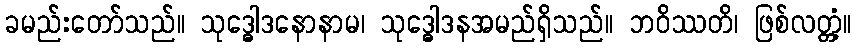
ခမည်းတော်သည်။ သုဒ္ဓေါဒနောနာမ၊ သုဒ္ဓေါဒနအမည်ရှိသည်။ ဘဝိဿတိ၊ ဖြစ်လတ္တံ့။